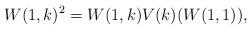
LaTeX: \begin{align*}W(1, k)^2 = W(1, k) V(k)(W(1, 1)),\end{align*}